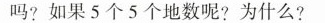
吗?如果5个5个地数呢?为什么?